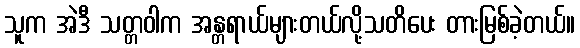
သူက အဲဒီ သတ္တဝါက အန္တရာယ်များတယ်လို့သတိပေး တားမြစ်ခဲ့တယ်။